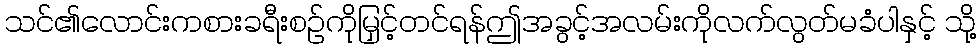
သင်၏လောင်းကစားခရီးစဉ်ကိုမြှင့်တင်ရန်ဤအခွင့်အလမ်းကိုလက်လွတ်မခံပါနှင့် သို့